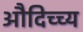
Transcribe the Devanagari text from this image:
औदिच्च्य